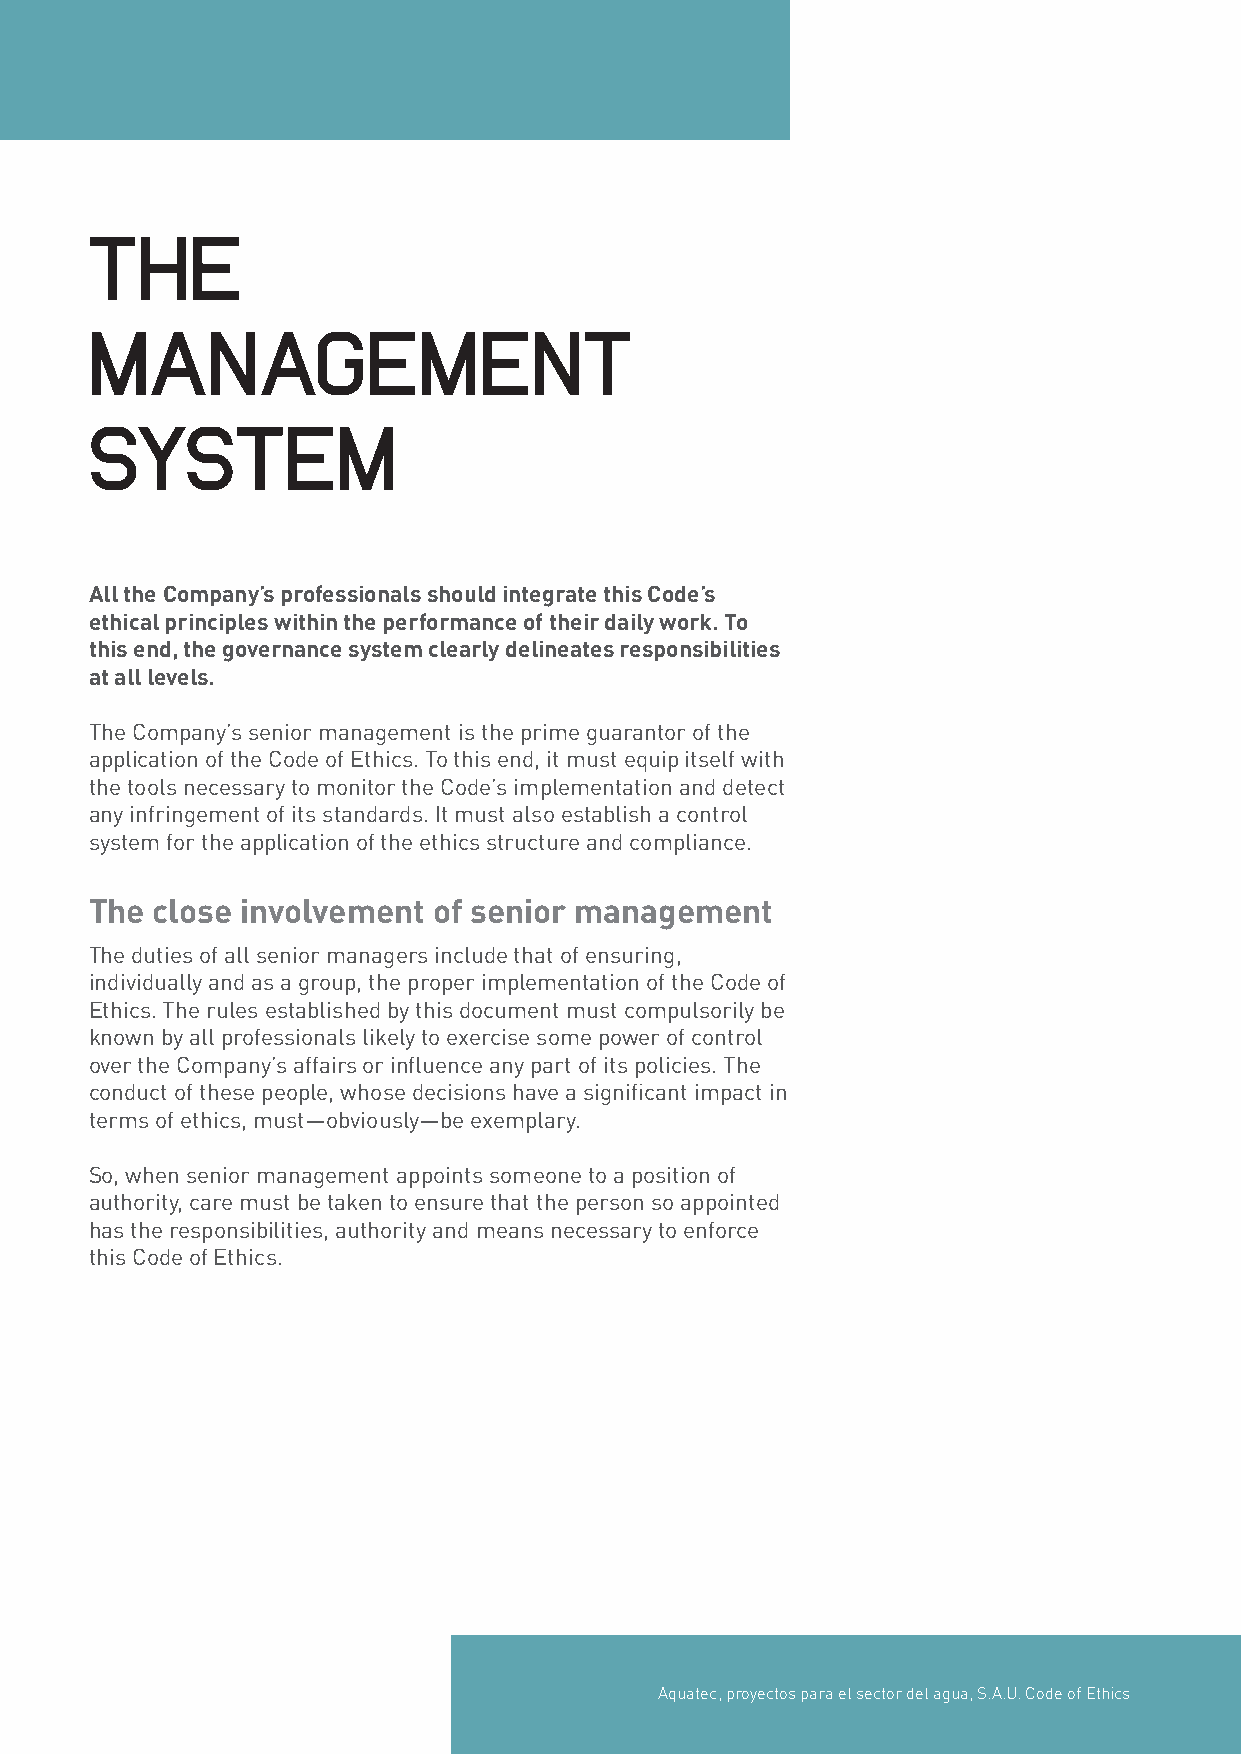
THE
 MANAGEMENT
 SYSTEM
 All the Company’s professionals should integrate this Code’s
 ethical principles within the performance of their daily work. To
 this end, the governance system clearly delineates responsibilities
 at all levels.
 The Company’s senior management is the prime guarantor of the
 application of the Code of Ethics. To this end, it must equip itself with
 the tools necessary to monitor the Code’s implementation and detect
 any infringement of its standards. It must also establish a control
 system for the application of the ethics structure and compliance.
 The close involvement  of senior management
 The duties of all senior managers include that of ensuring,
 individually and as a group, the proper implementation of the Code of
 Ethics. The rules established by this document must compulsorily be
 known by all professionals likely to exercise some power of control
 over the Company’s affairs or influence any part of its policies. The
 conduct of these people, whose decisions have a significant impact in
 terms of ethics, must—obviously—be exemplary.
 So, when senior management appoints someone to a position of
 authority, care must be taken to ensure that the person so appointed
 has the responsibilities, authority and means necessary to enforce
 this Code of Ethics.
 Aquatec, proyectos para el sector del agua, S.A.U. Code of Ethics